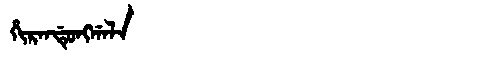
Manchu: ᡥᡳᡵᠠᠨᡩᡠᠩᡤᠠᠯᠠ
Romanization: HIRANDUNGGALA